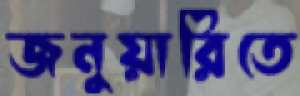
জনুয়ারিতে